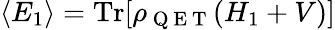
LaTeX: \langle E_{1}\rangle=\mathrm{Tr}[\rho_{\mathrm{~Q~E~T~}}(H_{1}+V)]